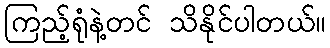
ကြည့်ရုံနဲ့တင် သိနိုင်ပါတယ်။